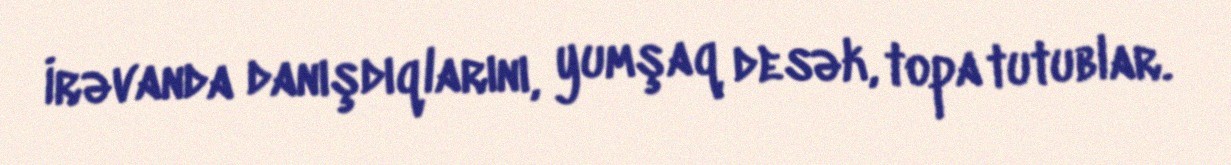
İrəvanda danışdıqlarını, yumşaq desək, topa tutublar.